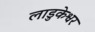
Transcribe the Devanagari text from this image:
लाडुकेश्वर